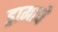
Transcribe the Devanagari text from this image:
ड्रामाचे